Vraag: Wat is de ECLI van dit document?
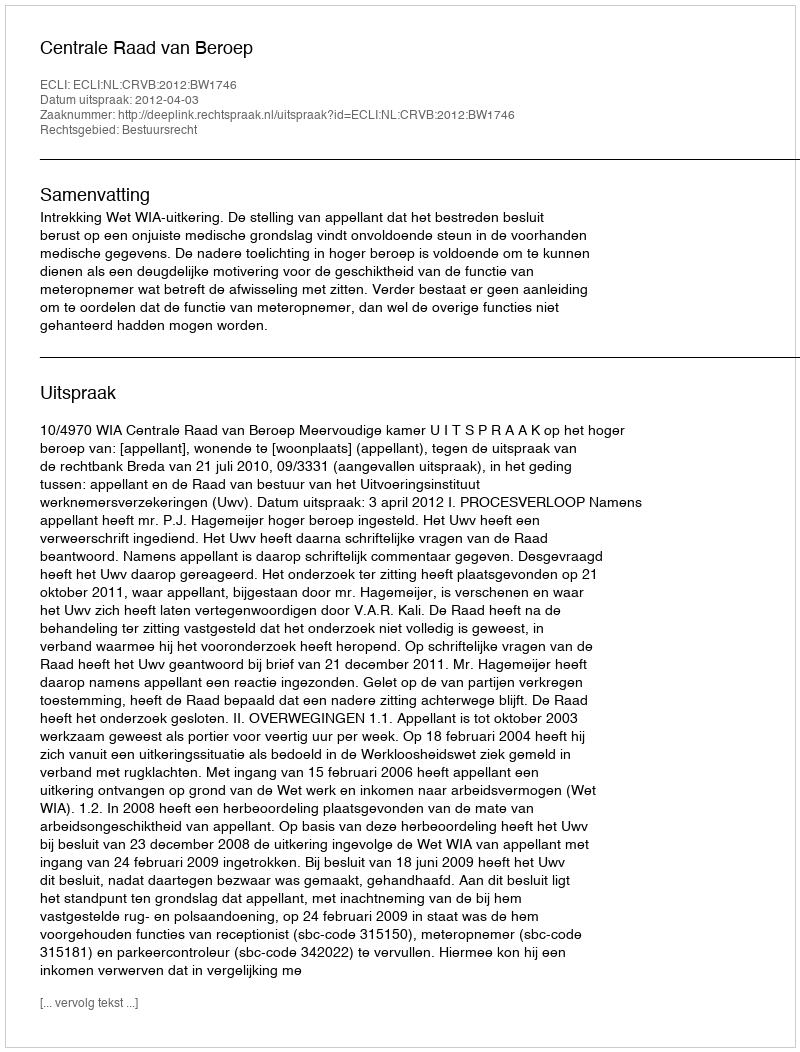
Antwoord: ECLI:NL:CRVB:2012:BW1746